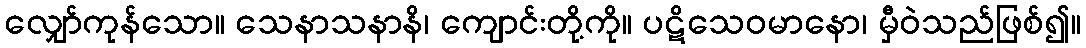
လျှော်ကုန်သော။ သေနာသနာနိ၊ ကျောင်းတို့ကို။ ပဋိသေဝမာနော၊ မှီဝဲသည်ဖြစ်၍။